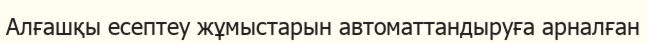
Алғашқы есептеу жұмыстарын автоматтандыруға арналған